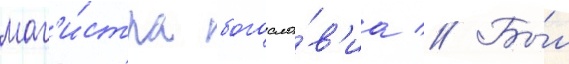
маг'и́стра богосло́в'иа // Бы́л